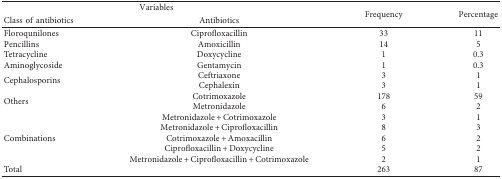
| <COLSPAN=2> Variables | <ROWSPAN=2> Frequency | <ROWSPAN=2> Percentage |
 | Class of antibiotics | Antibiotics |
 | --- | --- | --- | --- |
 | Floroqunilones | Ciprofloxacillin | 33 | 11 |
 | Pencillins | Amoxicillin | 14 | 5 |
 | Tetracycline | Doxycycline | 1 | 0.3 |
 | Aminoglycoside | Gentamycin | 1 | 0.3 |
 | <ROWSPAN=2> Cephalosporins | Ceftriaxone | 3 | 1 |
 | Cephalexin | 3 | 1 |
 | <ROWSPAN=2> Others | Cotrimoxazole | 178 | 59 |
 | Metronidazole | 6 | 2 |
 | <ROWSPAN=5> Combinations | Metronidazole + Cotrimoxazole | 3 | 1 |
 | Metronidazole + Ciprofloxacillin | 8 | 3 |
 | Cotrimoxazole + Amoxacillin | 6 | 2 |
 | Ciprofloxacillin + Doxycycline | 5 | 2 |
 | Metronidazole + Ciprofloxacillin + Cotrimoxazole | 2 | 1 |
 | Total |  | 263 | 87 |